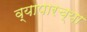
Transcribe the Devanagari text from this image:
व्यापारच्या